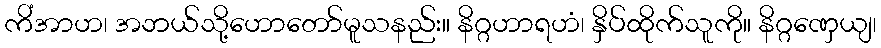
ကိံအာဟ၊ အဘယ်သို့ဟောတော်မူသနည်း။ နိဂ္ဂဟာရဟံ၊ နှိပ်ထိုက်သူကို။ နိဂ္ဂဏှေယျ၊